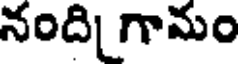
నంది గామం